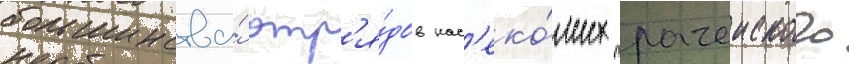
большинства́ отр'я́дов нас'еко́мых рачеиского